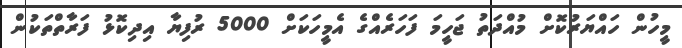
މީހުން ހައްޔަރުކޮށް މުއްދަތު ޖަހީމަ ފަހަރެއްގެ އެމީހަކަށް 5000 ރުފިޔާ އިދިކޮޅު ފަރާތްތަކުން